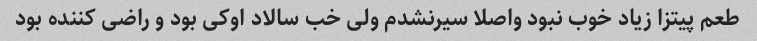
طعم پیتزا زیاد خوب نبود واصلا سیرنشدم ولی خب سالاد اوکی بود و راضی کننده بود